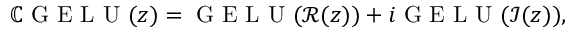
\mathbb { C } \mathrm { ~ G ~ E ~ L ~ U ~ } ( z ) = \mathrm { ~ G ~ E ~ L ~ U ~ } ( \mathcal { R } ( z ) ) + i \mathrm { ~ G ~ E ~ L ~ U ~ } ( \mathcal { I } ( z ) ) ,